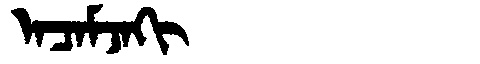
Manchu: ᠠᠴᠠᠮᠵᠠᡴᡳ
Romanization: ACAMJAKI